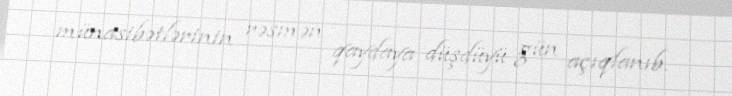
münasibətlərinin rəsmən qaydaya düşdüyü gün açıqlanıb.